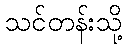
သင်တန်းသို့